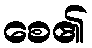
စေ၏